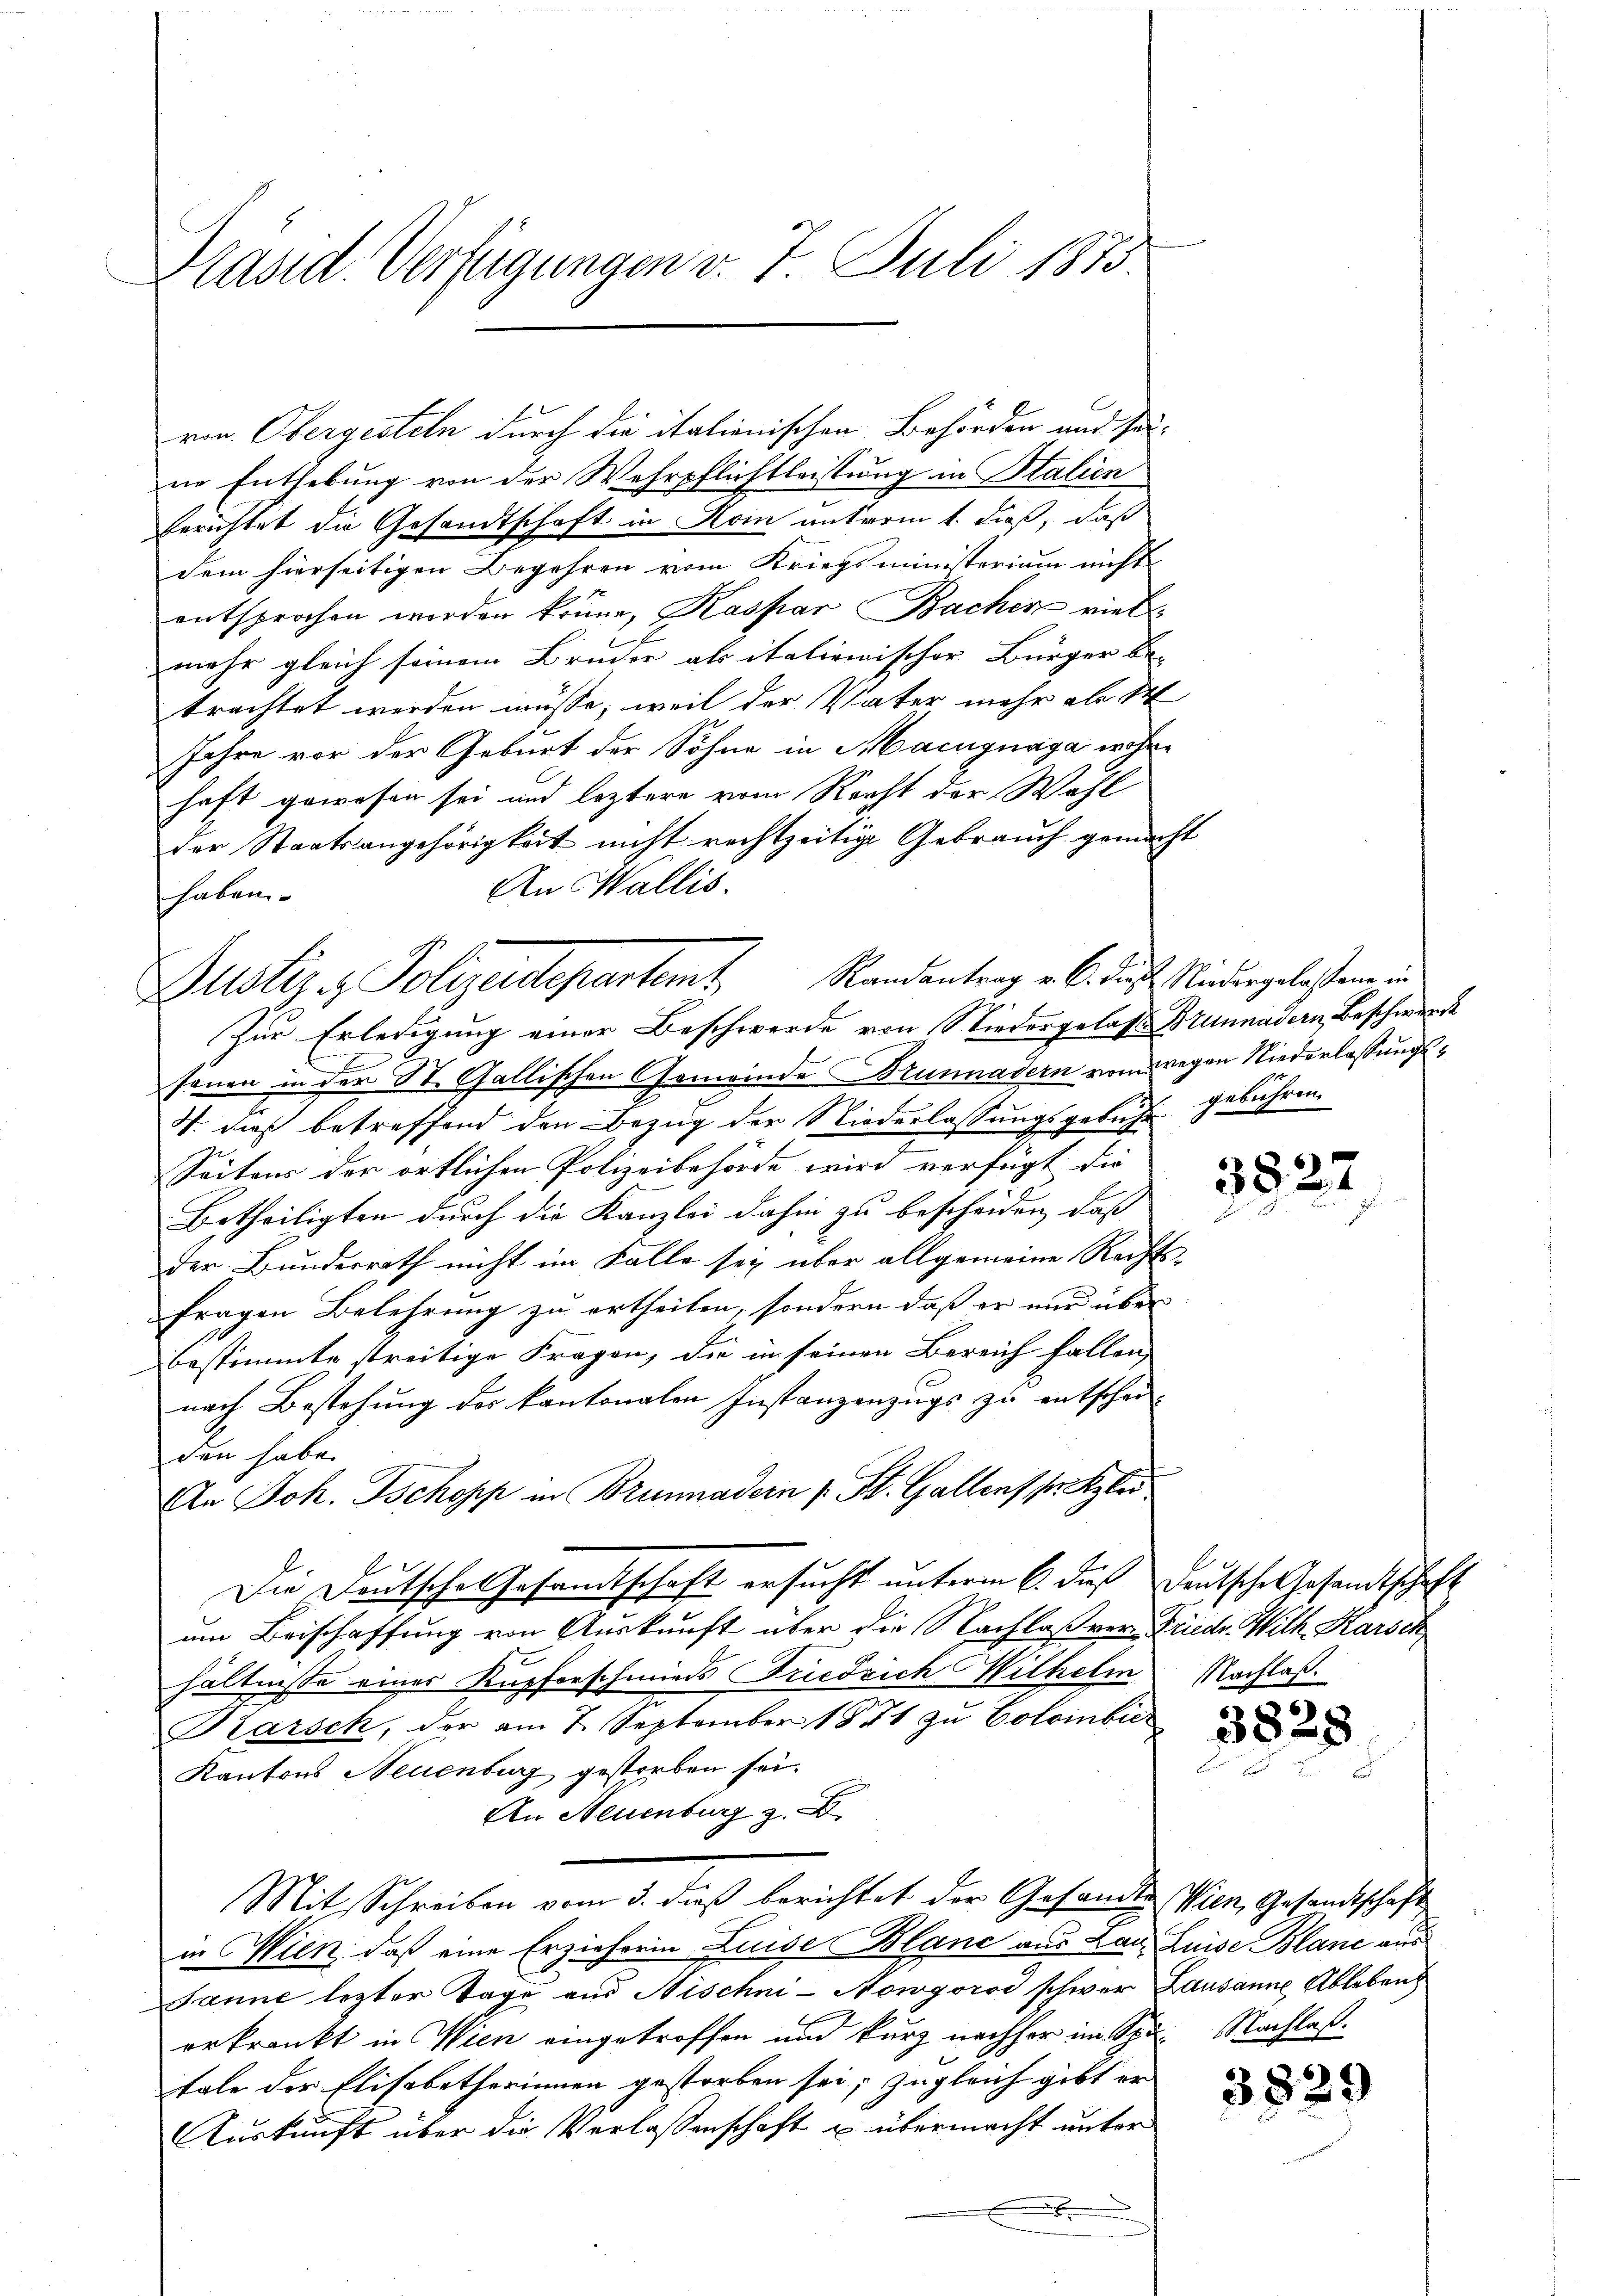
Präsid. Verfügungen v. 7. Juli 1875.

von Obergesteln durch die itationischen Behörden und so-
ne Enthebung von der Wehrpflichtleistung in Italien
berichtet die Gesandtschaft in Koin unterm 1. dieß, daß
dem hierseitigen Begehren vom Kriegsministerium nicht
entsprochen worden könne, Kaspar Bacher viel
mehr gleich seinem Bruder als italienischer Bürger be-
trachtet werden müsse, weil der Vater mehr als 14
Jahre vor der Geburt der Sohne in Macugnaga wohne
haft gewesen sei und leztere vom Reicht der Wahl
der Staatsangehörigkeit nicht rechtzeitige Gebrauch gemacht
An Wallis.
haben
sonen in der St. Gallischen Gemeinde Brunnadern vom wegen Niederlassungs¬
4. dieß betreffend den Bezug der Niederlassungsgebühr
Seitens der örtlichen Polizeibehörde wird verfügt die
Betheiligten durch die Kanzlei dahin zu bescheiden, daß
der Bundesrath nicht im Falle sei über allgemeine Rechts-
fragen Belehrung zu ertheilen, sondern daß er und über
bestimmte streitige Fragen, die in seinen Bereich fallen,
nach Bestehung des kantonalen Instanzenzugs zu entschei-
den habe.
An Joh. Jschopp in Brunnadern St. Gallens setzler.
Die Deutschet Gesamtschaft ersucht unterm 6. dieß deutsche Gesandtschaft
um Beischaffung von Auskunft über die Nachlaß vor Friedr. Wilh. Karsch
hältnisse einer Kupferschmieds Friedrich Wilhelm Nachlaß
Karsch, der am 7. September 1871 zu Coloinbic
Kantons Neuenburg gestorben sei.
An Neuenburg z.
Mit Schreiben vom 3. dieß berichtet der Gesandten Wien, Gesandtschaft
in Wien, daß eine Erzieherin Luise Blanc aus Lau. Luise Blanc aus
Janne lezter Tage aus Nischni-Nowgorod schwer Lausanne Ablebens
erkrankt in Wien eingetroffen und kurz nachher im Spe Nachlaßtale der Elisabetherinnen gestorben sei; zugleich gibt er
Auskunft über die Verlassenschaft u. übermacht unter
E

Justiz- & Polizeidepartemt, Randantrag u. 6. dieß Niedergelassen in
Zur Erledigung einer Beschwerde von Niedergelass. Brunnadern, Beschwerde

gebühren.

3827

3828

3829